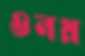
ওনয়